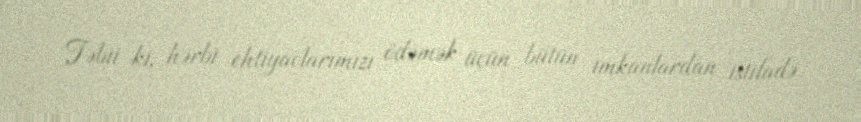
Təbii ki, hərbi ehtiyaclarımızı ödəmək üçün bütün imkanlardan istifadə